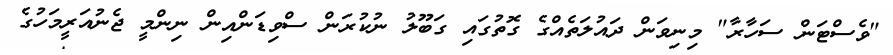
"ވެސްޓަން ސަހާރާ" މިނިވަން ދައުލަތެއްގެ ގޮތުގައި ގަބޫލު ނުކުރަން ސްވިޑަންއިން ނިންމީ ޖެނުއަރީމަހުގެ